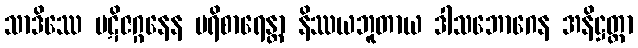
သာဒိဿေ ပဋိဇဂ္ဂနေန ပရိစာရေန္တာ နိဿယဘူတာယ ဒါသဘောဂေန အနိဋ္ဌတ္တာ